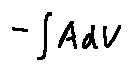
- \int A d V